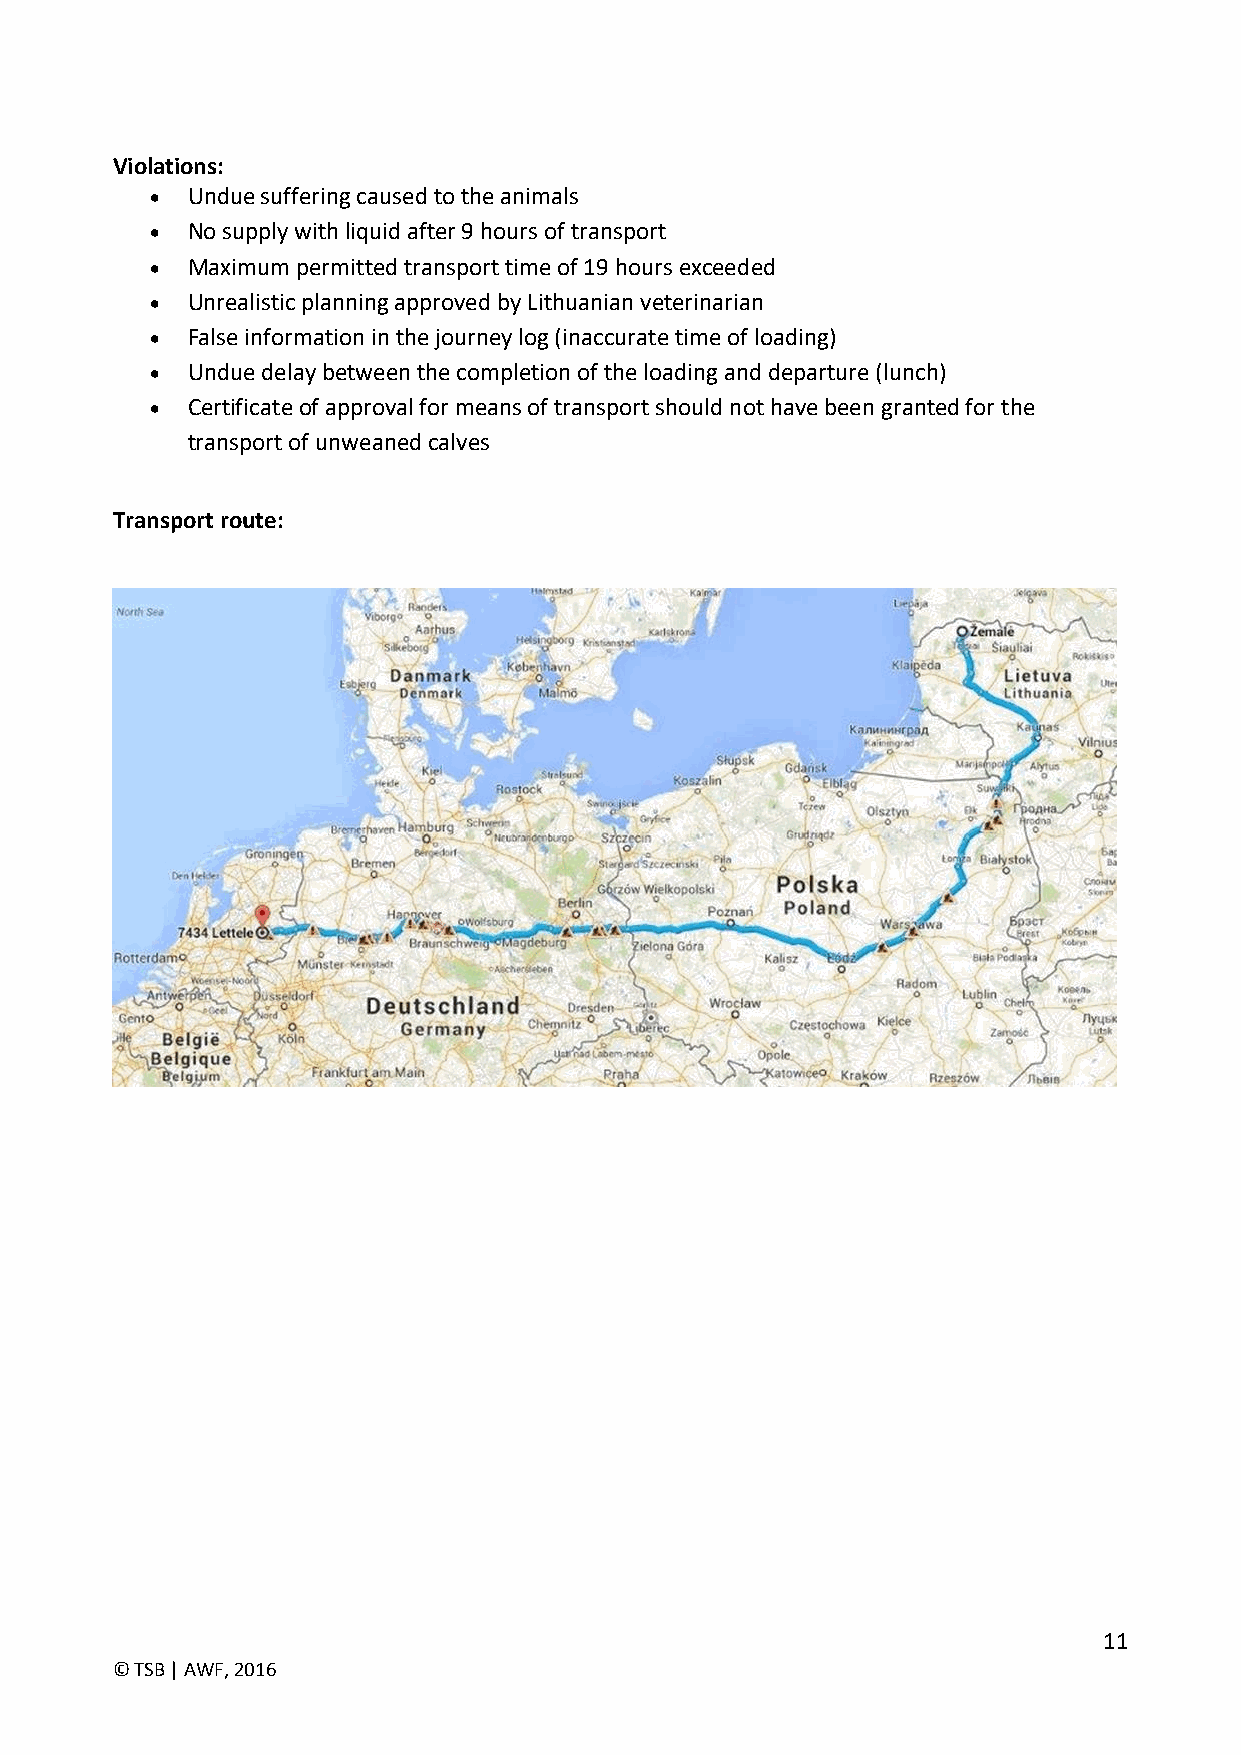
Violations:
  Undue suffering caused to the animals
  No supply with liquid after 9 hours of transport
  Maximum permitted transport time of 19 hours exceeded
  Unrealistic planning approved by Lithuanian veterinarian
  False information in the journey log (inaccurate time of loading)
  Undue delay between the completion of the loading and departure (lunch)
  Certificate of approval for means of transport should not have been granted for the
 transport of unweaned calves
 Transport route:
 11
 © TSB | AWF, 2016